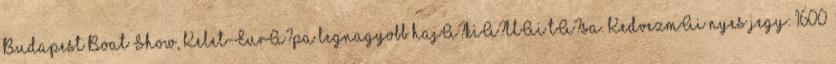
Budapest Boat Show, Kelet-EurA?pa legnagyobb hajA?kiA?llAi tA?sa. KedvezmAi nyes jegy: 1600